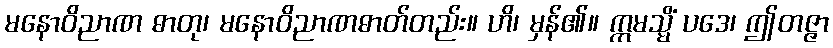
မနောဝိညာဏ ဓာတု၊ မနောဝိညာဏဓာတ်တည်း။ ဟိ၊ မှန်၏။ ဣမသ္မိံ ပဒေ၊ ဤတဇ္ဇာ